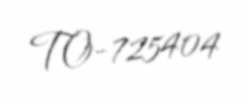
TO-725404